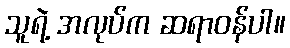
သူရဲ့ အလုပ်က ဆရာဝန်ပါ။